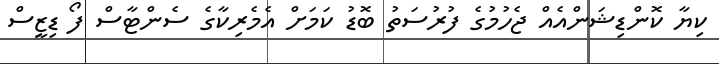
ކިޔާ ކޮންޑިޝަންއެއް ޖެހުމުގެ ފުރުސަތު ބޮޑު ކަމަށް އެމެރިކާގެ ސެންޓާސް ފޯ ޑިޒީސް